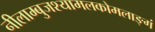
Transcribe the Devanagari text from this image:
नीलाम्बुजश्यामलकोमलाङ्गं